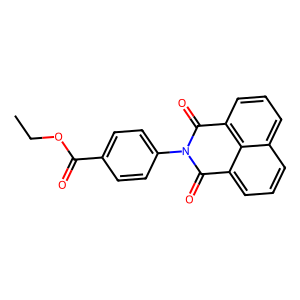
SMILES: CCOC(=O)c1ccc(N2C(=O)c3cccc4cccc(c34)C2=O)cc1
Inhibits HIV replication: No